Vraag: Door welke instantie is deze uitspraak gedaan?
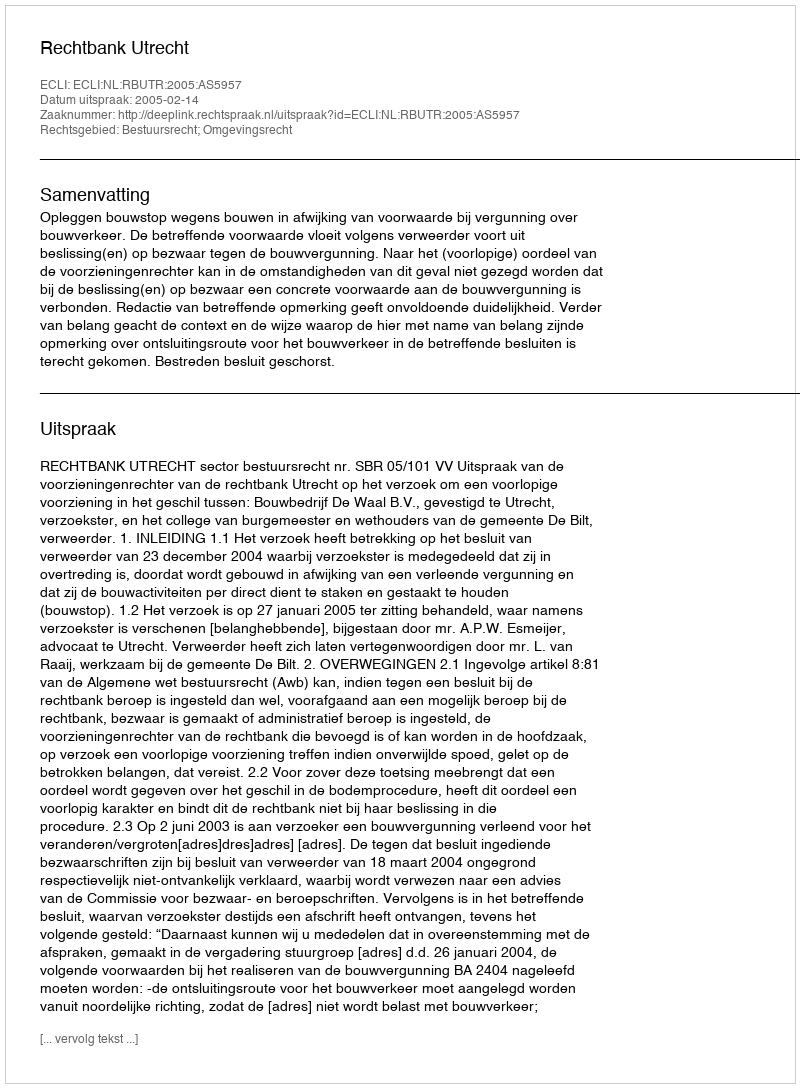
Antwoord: Rechtbank Utrecht